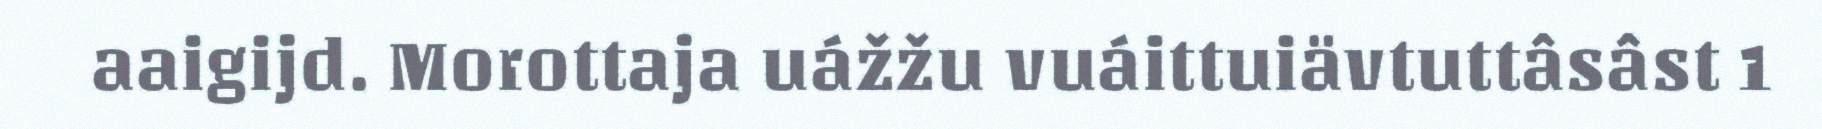
aaigijd. Morottaja uážžu vuáittuiävtuttâsâst 1